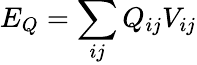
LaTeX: E_{Q}=\sum_{ij}Q_{ij}V_{ij}